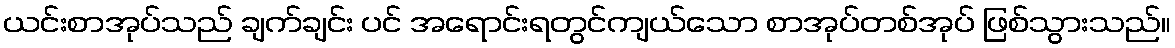
ယင်းစာအုပ်သည် ချက်ချင်း ပင် အရောင်းရတွင်ကျယ်သော စာအုပ်တစ်အုပ် ဖြစ်သွားသည်။